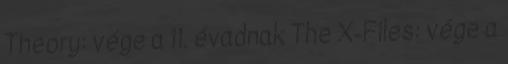
Theory: vége a 11. évadnak The X-Files: vége a